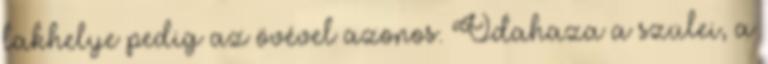
lakhelye pedig az övével azonos. Odahaza a szülei, a